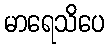
မာရေသိပေ